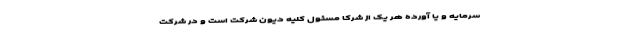
سرمایه و یا آورده هر یک از شرکا مسئول کلیه دیون شرکت است و در شرکت